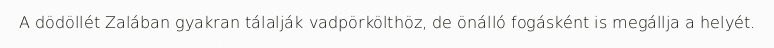
A dödöllét Zalában gyakran tálalják vadpörkölthöz, de önálló fogásként is megállja a helyét.